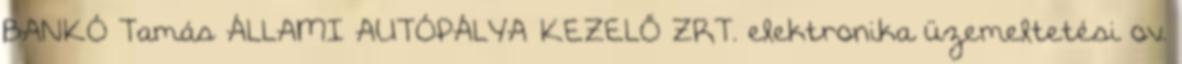
BANKÓ Tamás ÁLLAMI AUTÓPÁLYA KEZELŐ ZRT. elektronika üzemeltetési ov.